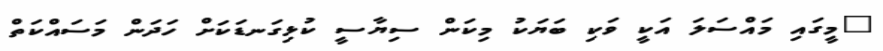
"މީގައި މައްސަލަ އަކީ ވަކި ބަޔަކު މިކަން ސިޔާސީ ކުޅިގަނޑަކަށް ހަދަން މަސައްކަތް